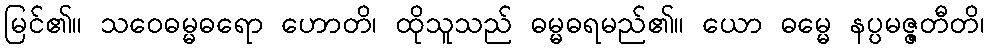
မြင်၏။ သဝေဓမ္မဓရော ဟောတိ၊ ထိုသူသည် ဓမ္မဓရမည်၏။ ယော ဓမ္မေ နပ္ပမဇ္ဇတီတိ၊